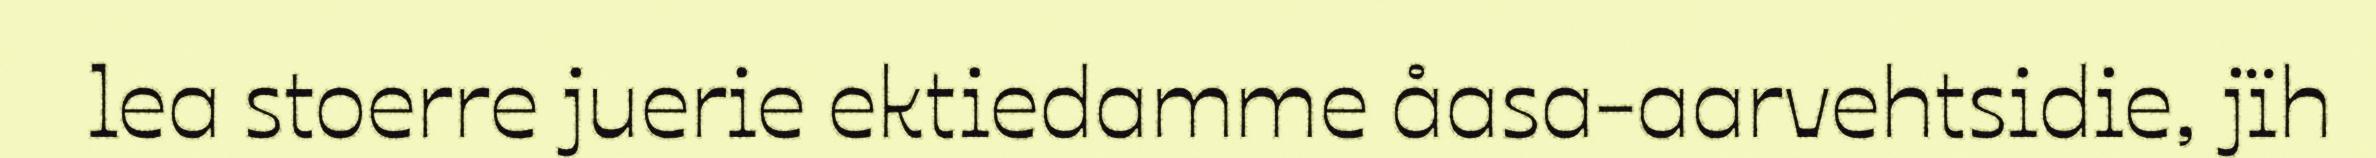
lea stoerre juerie ektiedamme åasa-aarvehtsidie, jïh